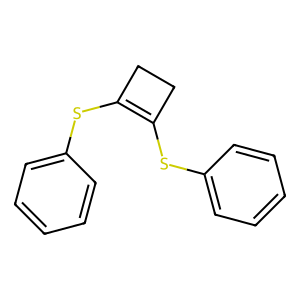
SMILES: c1ccc(SC2=C(Sc3ccccc3)CC2)cc1
Inhibits HIV replication: No